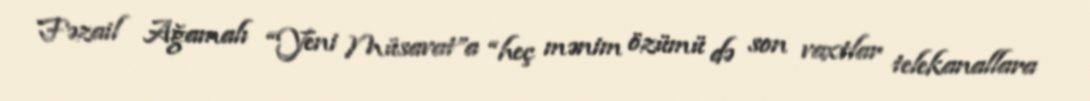
Fəzail Ağamalı “Yeni Müsavat”a “heç mənim özümü də son vaxtlar telekanallara